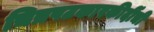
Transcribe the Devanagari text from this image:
चित्रपटकारकीर्दीची